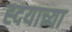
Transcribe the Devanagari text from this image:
ह्दयाच्या